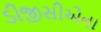
ડીજીસીએના